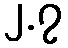
၂.၇